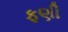
ફણી